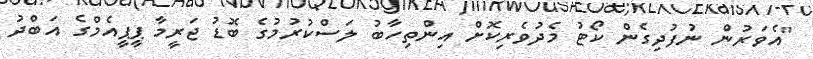
"އެވަރުން ނުފުދިގެން ކޯޓު މެދުވެރިކޮށް އިންތިހާބު ލަސްކުރުމުގެ ބޮޑު ޖަރީމާ ޕީޕީއެމްގެ އަބްދު